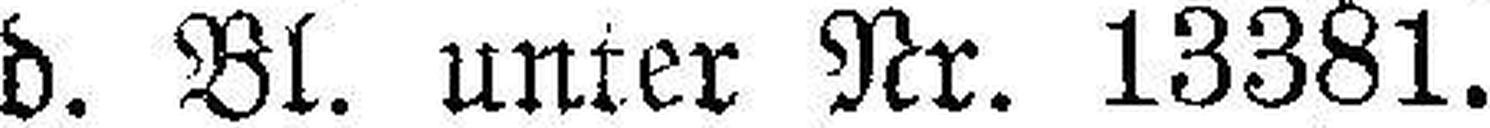
d. Bl. unter Nr. 13381.